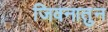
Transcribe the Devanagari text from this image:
जिवनातुन